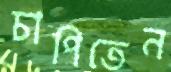
চাপিতেন